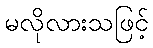
မလိုလားသဖြင့်